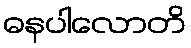
ဓနပါလောတိ